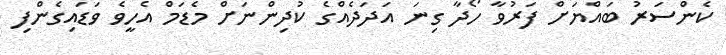
ކެންސަރު ބައްޔަށް ފަރުވާ ހޯދާ ގިނަ އަދަދެއްގެ ކުދިންނަށް މެޑަމް އެހީވެ ވަޑައިގެންފި